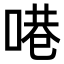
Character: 𪡝